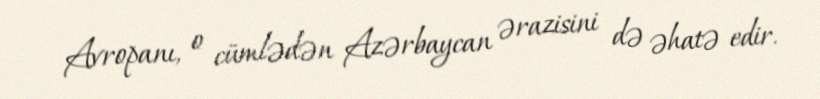
Avropanı, o cümlədən Azərbaycan ərazisini də əhatə edir.